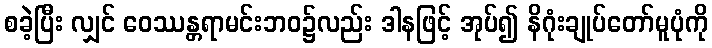
စခဲ့ပြီး လျှင် ဝေဿန္တရာမင်းဘဝ၌လည်း ဒါနဖြင့် အုပ်၍ နိဂုံးချုပ်တော်မူပုံကို